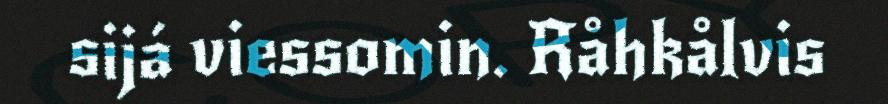
sijá viessomin. Råhkålvis